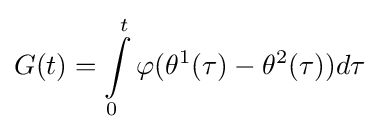
G(t)=\int \limits _{0}^{t}\varphi (\theta ^{1}(\tau )-\theta ^{2}(\tau ))d\tau